Report on sanitation, dispensaries, and jails in Rajputana for 1917, and on vaccination for the year 1917-1918 - 1917-1918
Year: 1917
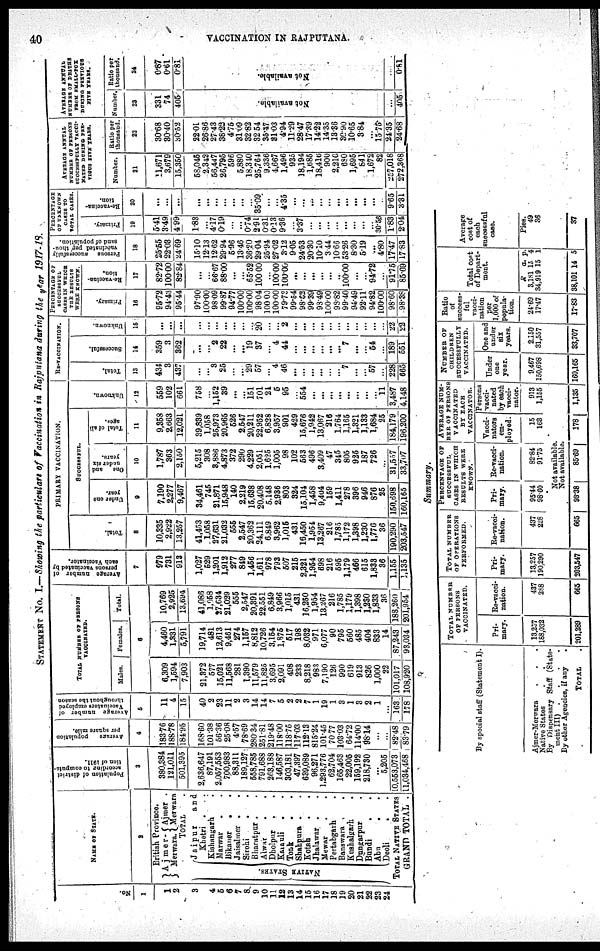
40
VACCINATION IN RAJPUTANA.
STATEMENT No. I.—Showing the particulars of Vaccination in Rajputana during the year 1917-18.
1
1
1
2
3
4
5
6
7
8
9
10
11
12
13
14
15
16
17
18
19
20
21
22
23
24
NAME OF STATE.
2
British Province.
Ajmer-
Merwara.
Ajmer-
Merwara .
TOTAL .
NATIVE STATES.
Jaipur
and
Khetri
. .
Kishangarh .
Marwar
.
.
Bikaner
.
.
Jaisalmer . .
Sirohi
.
.
Bharatpur . .
Alwar
.
.
Dholpur
.
.
Karauli . .
Tonk . .
Shahpura . .
Kotah . .
Jhalawar . .
Mewar . .
Pertabgarh . .
Banswara . .
Kushalgarh . .
Dungarpur .
Bundi . .
Abu . .
Deoli . .
TOTAL NATIVE STATES
GRAND TOTAL .
Population of district
according to computa-
tion of 1911.
3
380,384
121,011
501,395
2,636,647
87,191
2,057,553
700,983
88,311
189,127
558,785
791,688
263,188
146,587
303,181
47,397
639,089
96,271
1,293,776
62,704
165,463
22,005
159,192
218,730
...
5,205
10,553,073
11,034,468
Average
population
per square mile.
4
183.76
188.78
184.95
168.60
101.38
56.36
25.08
4.57
78.69
280.34
251.81
219.48
118.00
118.75
117.03
112.13
815.24
101.45
70.77
103.03
64.72
114.00
98.14
...
...
82.48
83.79
Average number of
Vaccinators employed
throughout the season.
5
11
4
15
40
2
23
11
2
3
14
14
7
5
2
2
7
1
19
1
3
1
3
2
1
...
163
178
TOTAL NUMBER OF PERSONS
VACCINATED.
Males.
Females.
Total.
6
6,309
1,594
7,903
21,372
577
15,021
11,568
281
1,390
11,579
11,825
3,695
2,091
498
233
8,218
983
7,190
126
990
619
913
826
1,000
22
101,017
108,920
4,460
1,331
5,791
19,714
481
12,613
9,461
274
1,157
8,812
10,726
3,154
1,875
517
198
8,032
971
6,077
90
795
560
485
404
833
14
87,243
93,034
10,769
2,925
13,694
41,086
1,958
27,634
21,029
555
2,547
20,391
22,551
6,849
3,966
1,015
431
16,250
1,954
13,267
216
1,785
1,179
1,398
1,230
1,833
36
188,260
201,954
Average number of
persons vaccinated by
each Vaccinator.
7
979
731
913
1,027
529
1,201
1,912
277
849
1,456
1,611
978
793
507
215
2,321
1,954
698
216
595
1,179
466
615
1,833
36
1,155
1,135
PRIMARY VACCINATION.
Total.
8
10,335
2,922
13,257
41,453
1,058
27,631
21,032
555
2,547
20,362
24,111
6,849
3,962
1,015
431
16,450
1,954
13,267
216
1,785
1,172
1,398
1,230
1,776
36
190,290
203,547
SUCCESSFUL.
Under one
year.
9
7,190
2,277
9,467
34,461
745
21,871
15,948
140
2,219
15,638
20,408
5,148
2,936
803
324
15,104
1,458
9,404
159
1,411
278
396
946
876
25
150,698
160,165
One
and
under six
years.
10
1,787
363
2,150
5,215
308
3,886
4,873
372
290
4,229
2,051
1,625
1,005
98
102
563
496
3,409
47
345
805
925
187
726
...
31,557
33,707
Total of all
ages.
11
9,358
2,663
12,021
39,839
1,058
25,973
20,965
526
2,547
20,211
22,952
6,828
3,957
901
429
15,676
1,942
13,067
216
1,764
1,165
1,321
1,133
1,684
25
184,179
196,200
Unknown.
12
559
102
661
758
...
1,152
39
...
...
151
701
21
5
95
...
554
...
...
...
...
...
...
...
...
11
3,487
4,148
RE-VACCINATION.
Total.
13
434
3
437
...
...
3
25
...
...
29
57
...
4
46
...
...
...
...
...
...
7
...
...
57
...
228
665
Successful.
14
359
3
362
...
...
2
22
...
...
19
37
...
4
44
...
...
...
...
...
...
7
...
...
54
...
189
551
Unknown.
15
...
...
...
...
...
...
...
...
...
...
20
...
...
2
...
...
...
...
...
...
...
...
...
...
...
22
22
PERCENTAGE OF
SUCCESSFUL
CASES IN WHICH
THE RESULTS
WERE KNOWN.
Primary.
16
95.72
94.43
95.44
97.90
100.00
98.09
99.87
94.77
100.00
100.00
98.04
100.00
100.00
79.73
99.54
98.62
99.39
98.49
100.00
98.82
99.40
94.49
92.11
94.82
100.00
98.60
98.38
Re-vaccina-
tion.
17
82.72
100.00
82.84
...
...
66.67
88.00
...
...
65.52
100.00
...
100.00
100.00
...
...
...
...
...
...
100.00
...
...
94.72
...
91.75
85.69
Persons successfully
vaccinated per thou-
sand of population.
18
25.55
22.03
24.69
15.10
12.13
12.62
29.94
5.96
13.46
36.20
29.04
25.94
27.02
3.12
9.05
24.53
20.30
10.10
3.44
10.66
53.26
8.30
5.19
...
4.80
17.47
17.83
PERCENTAGE
OF UNKNOWN
CASES TO
TOTAL CASES.
Primary.
19
5.41
3.49
4.99
1.83
...
4.17
0.19
...
...
0.74
2.91
0.31
0.13
9.36
...
3.37
...
...
...
...
...
...
...
...
30.56
1.83
2.04
Re-vaccina¬
tion.
20
...
...
...
...
...
...
...
...
...
...
35.09
...
...
4.35
...
...
...
...
...
...
...
...
...
...
...
9.65
3.31
AVERAGE ANNUAL
NUMBER OF PERSONS
SUCCESSFULLY VACCI¬
NATED DURING PRE-
VIOUS FIVE YEARS.
Number.
21
11,671
3,679
15,350
58,045
2,342
56,447
26,795
596
5,880
18,340
25,764
9,336
4,667
1,496
935
18,194
1,685
18,416
900
2,210
680
1,695
841
1,672
82
257,018
272,368
Ratio per
thousand.
22
30.68
30.40
30.52
22.01
26.86
27.43
38.22
4.75
31.09
32.82
32.54
35.47
31.03 4.94
11.29
28.47
17.39 14.22
14.35
13.36
30.90 10.65
3.84
...
15.75
24.35
24.68
AVERAGE ANNUAL
NUMBER OF DEATHS
FROM SMALL-POX
DURING PREVIOUS
FIVE YEARS.
Number.
23
331
74
405
Not available.
...
405
Ratio per
thousand.
24
0.87
0.61
0.81
Not available.
...
0.81
Summary.
By Special staff (Statement I).
Ajmer- Merwara . . .
Native States . .
By Dispensary Staff (State¬
ment III). . . .
By other Agencies, if any.
TOTAL .
TOTAL NUMBER
OF PERSONS
VACCINATED.
Pri-
mary.
13,257
188,032
201,289
Re-vacci-
nation.
437
288
665
TOTAL NUMBER
OF OPERATIONS
PERFORMED.
Pri-
mary.
13,257
190,290
203,547
Re-vacci¬
nation.
437
228
PERCENTAGE OF
SUCCESSFUL
CASES IN WHICH
RESULTS WERE
KNOWN.
Pri-
mary.
95.44
98.60
Re-vacci-
nation.
82.84
91.75
AVERAGE NUM-
--- OF PERSONS
VACCINATED
BY EACH
VACCINATOR.
Vacci-
nators
em-
ployed.
15
163
Persons
vacci-
nated
by each
vacci-
nator.
913
1,155
Not available.
Not available.
665
98.38
85.69
178
1,135
NUMBER OF
CHILDERN
SUCCESSFULLY
VACCINATED.
Under
one
year.
9,467
150,698
160,165
One and
under
six
years.
2,150
31,557
33,707
Ratio
of
success-
ful
vacci-
nation
per
1,000 of
popula-
tion.
24.69
17.47
17.83
Total cost
of Depart-
ment.
R 3,181
34,919
38,101
a.
15
15
14
p. 4
1
5
Average
cost of
each
successful
case.
Pies.
49
36
37